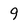
Character: 9